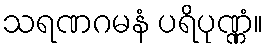
သရဏဂမနံ ပရိပုဏ္ဏံ။